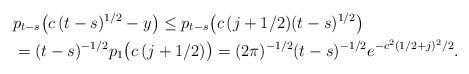
LaTeX: \begin{align*}& p_{t-s}\bigl(c\,(t-s)^{1/2}-y\bigr)\leq p_{t-s}\bigl(c\,(j+1/2)(t-s)^{1/2}\bigr)\\& =(t-s)^{-1/2}p_{1}\bigl(c\,(j+1/2)\bigr)=(2\pi)^{-1/2} (t-s)^{-1/2}e^{-c^2(1/2+j)^{2}/2}.\end{align*}